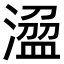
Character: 𣻭